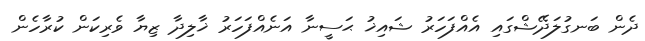
ދެން ބަނގުލަދޭޝްގައި އެއްފަހަރު ޝައިޚު ޙަސީނާ އަނެއްފަހަރު ޚާލިދާ ޒިޔާ ވެރިކަން ކުރާހެން